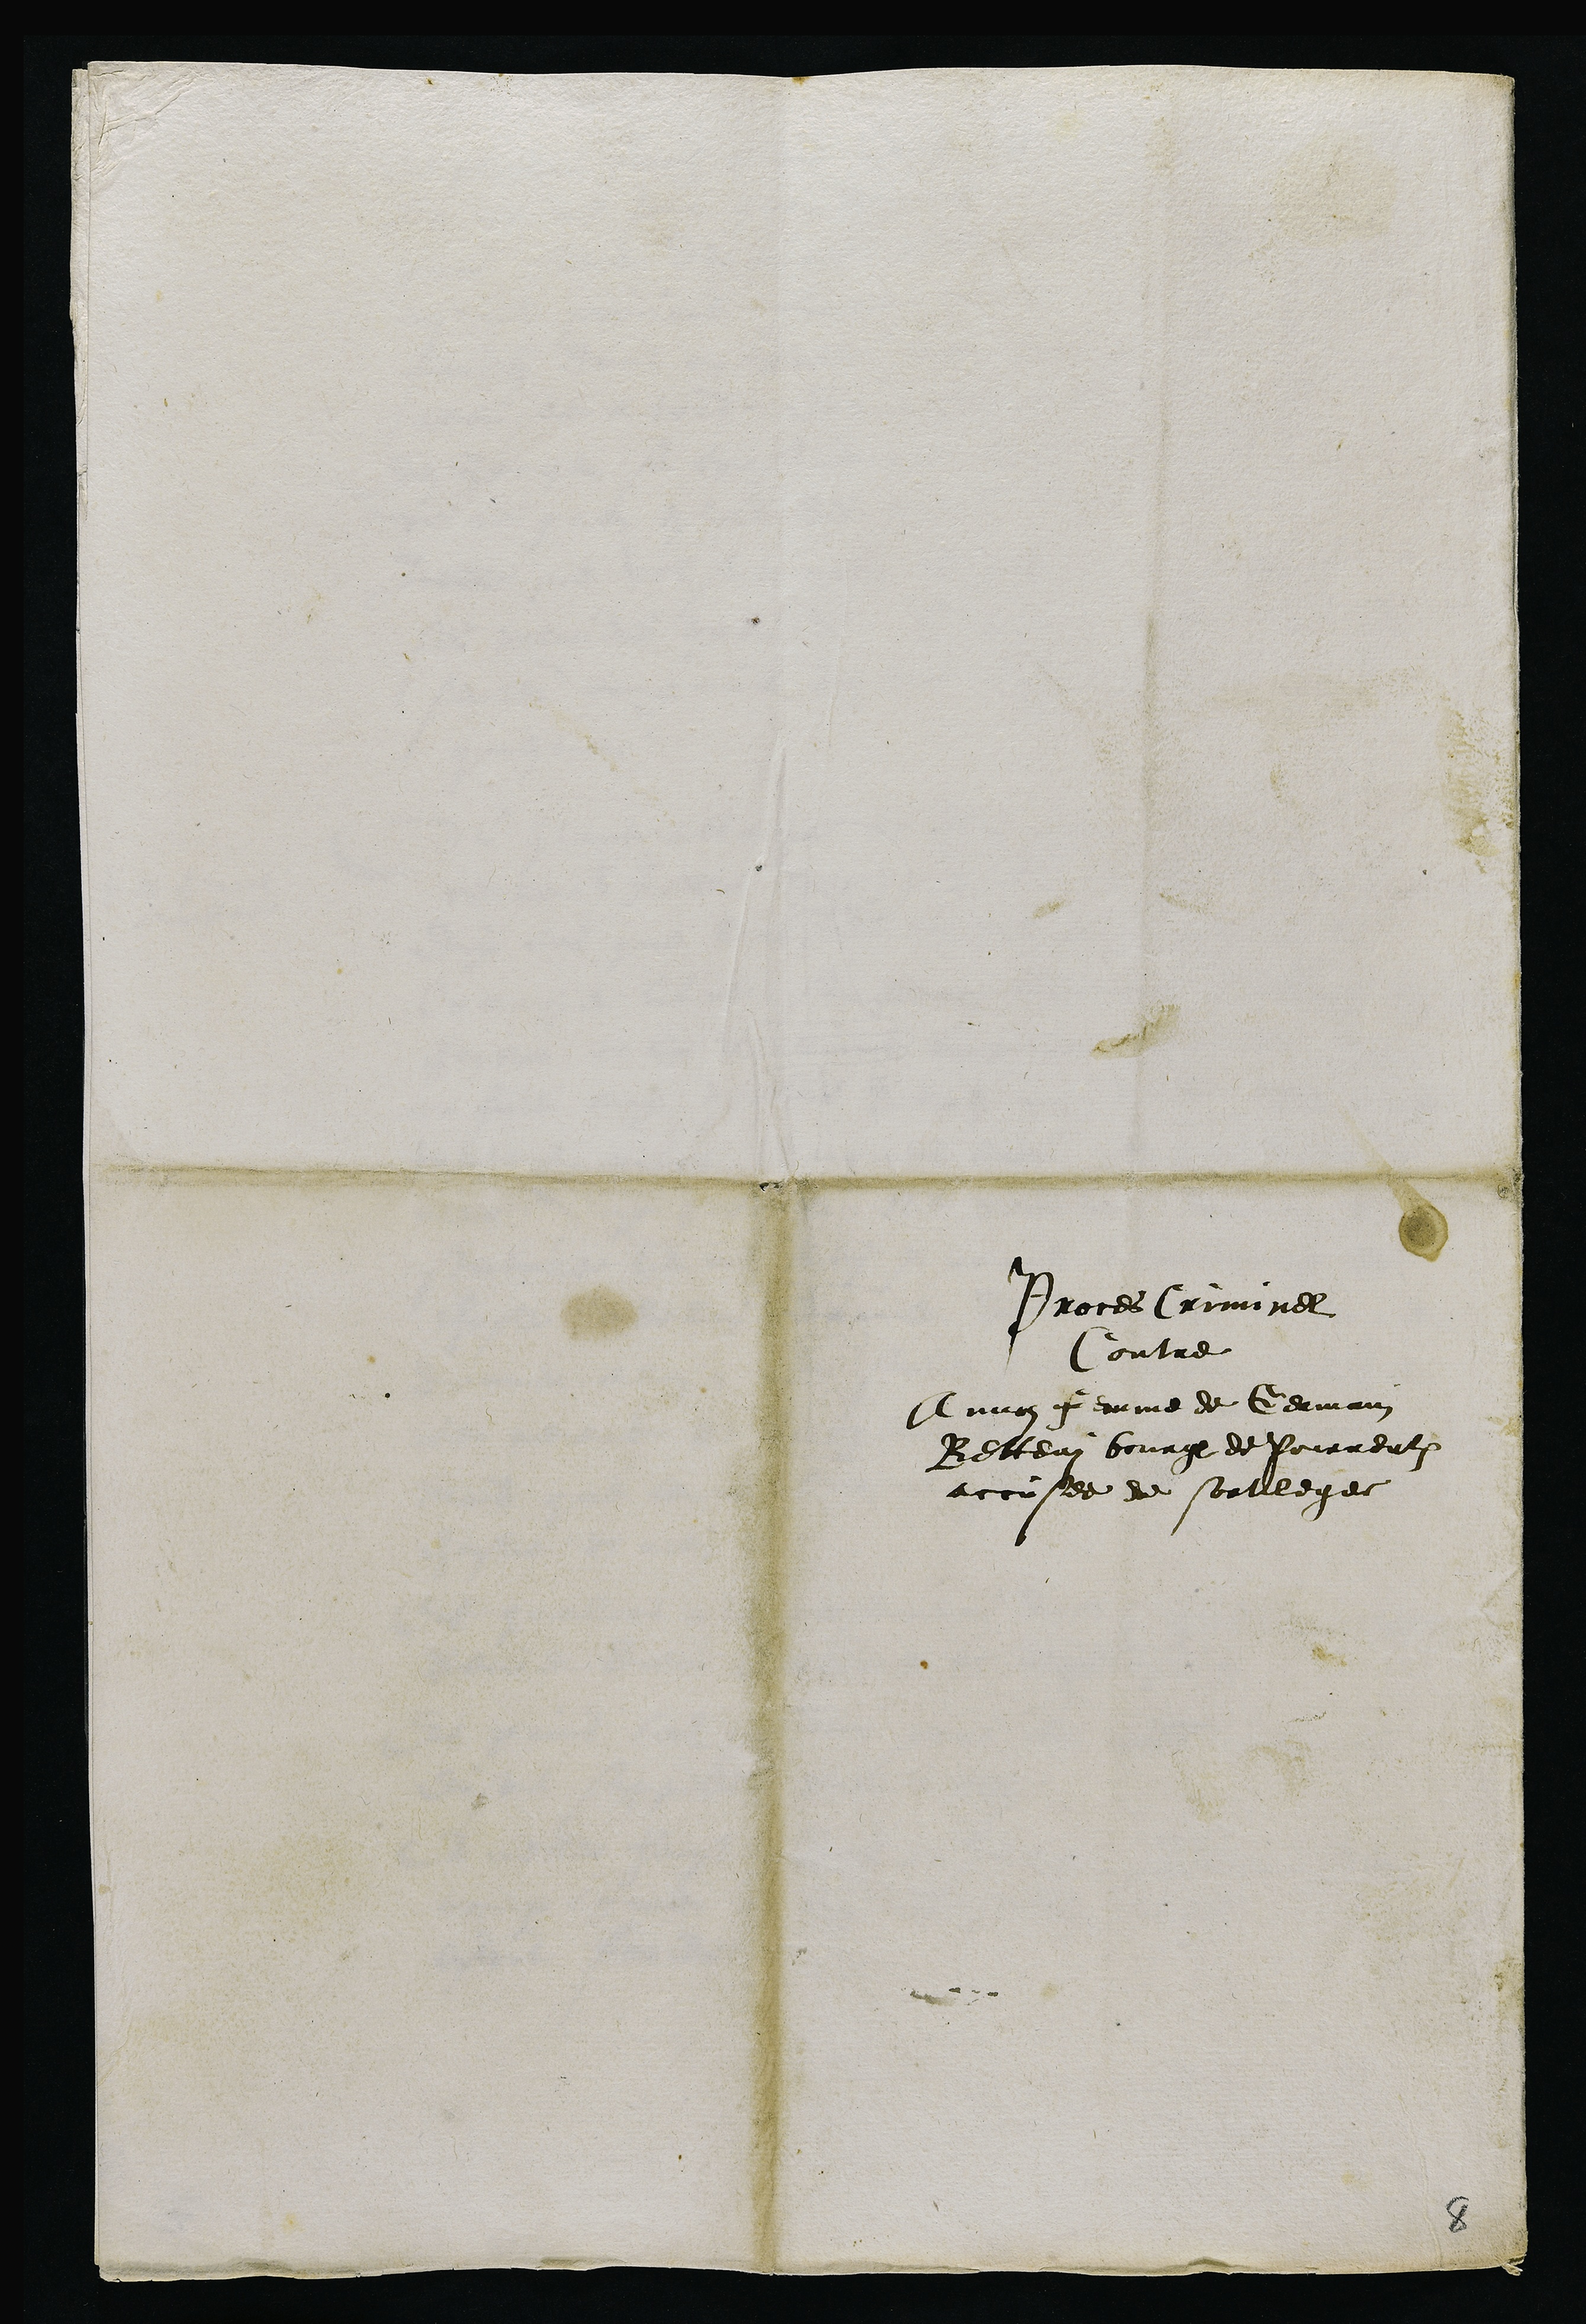
Proces Criminel
contre
Annoz femme de Germain
Betteny bourgeois de Pourrentruy
accusee de sortileges
8